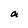
Character: a